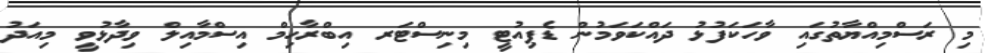
މި ރަސްމިއްޔާތުގައި ވާހަކަފުޅު ދައްކަވަމުން ޑެޕިއުޓީ މިނިސްޓަރ އިބްރާހިމް އިސްމާއިލް ވިދާޅުވީ މިއަދު